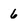
Character: 6